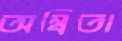
অন্বিতা